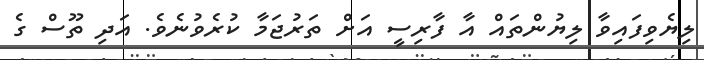
ލިޔެވިފައިވާ ލިޔުންތައް އާ ފާރިސީ އަށް ތަރުޖަމާ ކުރެވުނެވެ. އަދި ތޫސް ގެ